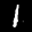
Label: 1